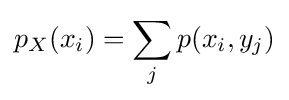
p_{X}(x_{i})=\sum _{j}p(x_{i},y_{j})